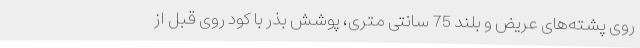
روی پشته‌های عریض و بلند 75 سانتی متری، پوشش بذر با کود روی قبل از